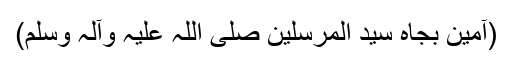
(آمین بجاہِ سید المرسلین صلی اللہ علیہ وآلہ وسلم)